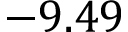
- 9 . 4 9